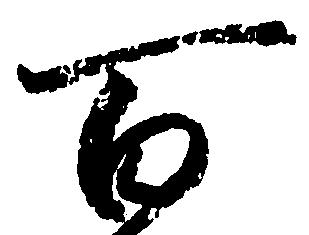
百